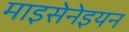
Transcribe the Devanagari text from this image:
माइसेनेइयन